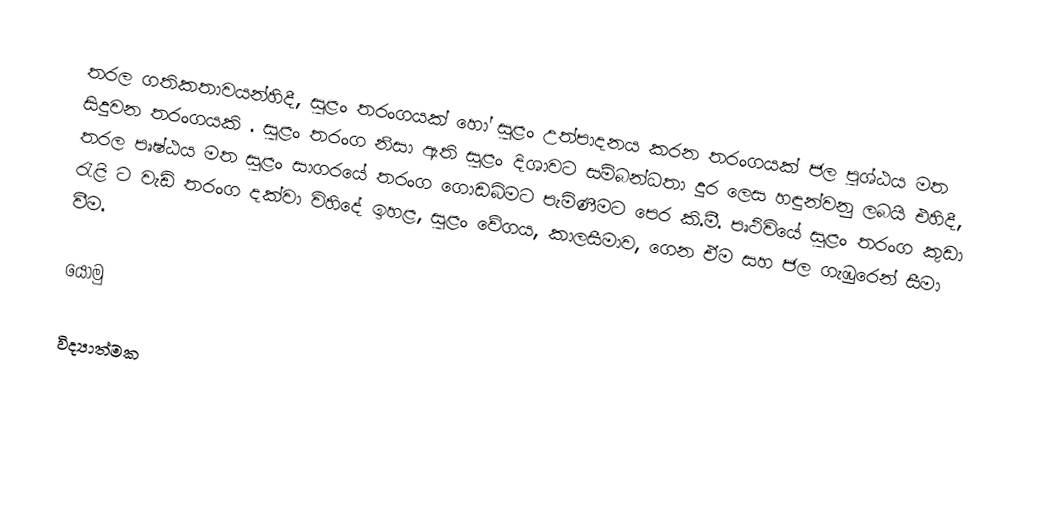
තරල ගතිකතාවයන්හිදී, සුළං තරංගයක් හෝ සුළං උත්පාදනය කරන තරංගයක් ජල පුශ්ඨය මත සිදුවන තරංගයකි . සුළං තරංග නිසා ඇති සුළං දිශාවට සම්බන්ධතා දුර ලෙස හඳුන්වනු ලබයි එහිදී, තරල පෘෂ්ඨය මත සුළං සාගරයේ තරංග ගොඩබිමට පැමිණීමට පෙර කි.මී. පෘථිවියේ සුළං තරංග කුඩා රැළි  ට වැඩි තරංග දක්වා විහිදේ ඉහළ, සුළං වේගය, කාලසීමාව, ගෙන ඒම සහ ජල ගැඹුරෙන් සීමා වීම.

යොමු

විද්‍යාත්මක